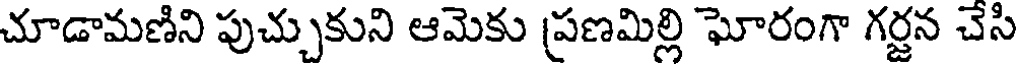
చూడామణిని పుచ్చుకుని ఆమెకు ప్రణమిల్లి ఘోరంగా గర్జన చెసి